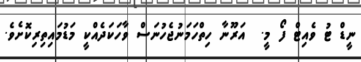
ނީޑް ޓު ވެއިޓް ފޯ މީ.  އަރޫނާ ހިތްހަމަނުޖެހުނަސް ވާހަކަދެއްކީ މަޑުމައިތިރިކޮށެވެ.